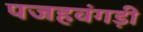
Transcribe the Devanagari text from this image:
पजहवंगड़ी